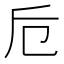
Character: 卮